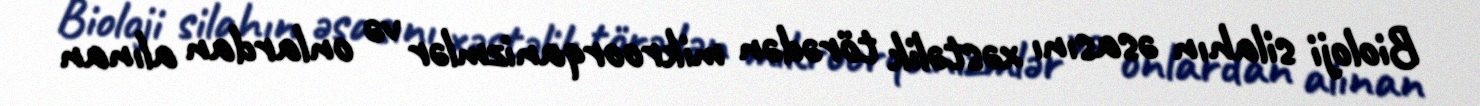
Bioloji silahın əsasını xəstəlik törədən mikroorqanizmlər və onlardan alınan